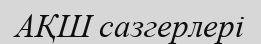
АҚШ сазгерлері